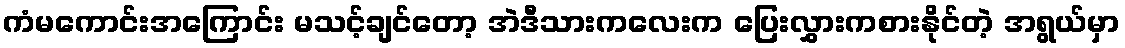
ကံမကောင်းအကြောင်း မသင့်ချင်တော့ အဲဒီသားကလေးက ပြေးလွှားကစားနိုင်တဲ့ အရွယ်မှာ